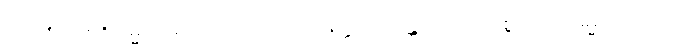
၃၇၇+ ၃၇၈+ ဓမ္မံ၊ တရားကိုသာလျှင်။ သက္ကရောန္တော၊ ကောင်းစွာပြု၍။ ဓမ္မံ၊ တရားကို။